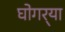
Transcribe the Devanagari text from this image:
घोगर्‍या